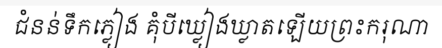
ជំនន់ទឹកភ្លៀង គុំបីឃ្លៀងឃ្លាតឡើយព្រះករុណា